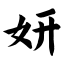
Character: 妍